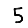
Digit: 5